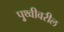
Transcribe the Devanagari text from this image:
पृुथ्वीवरील